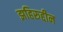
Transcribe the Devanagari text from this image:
झहिरुद्दीन